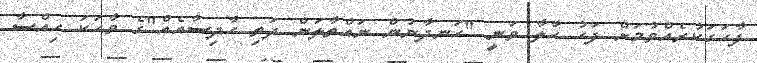
ފާހަގަކުރެއްވުމަށް ފަހު ހާލާ ވަނީ "ހަނދާނުން ނައްތާލަން ދަތި ހާދިސާއެއް"ގެ ވާހަކަ ހިއްސާ